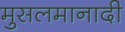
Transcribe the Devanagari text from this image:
मुसलमानादी